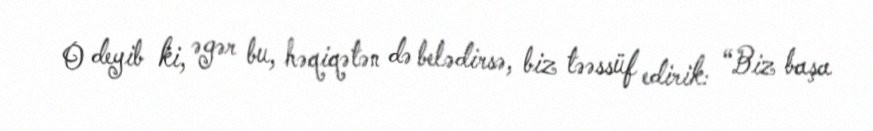
O deyib ki, əgər bu, həqiqətən də belədirsə, biz təəssüf edirik: “Biz başa